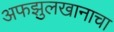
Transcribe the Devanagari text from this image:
अफझुलखानाचा